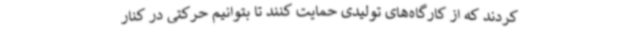
کردند که از کارگاه‌های تولیدی حمایت کنند تا بتوانیم حرکتی در کنار